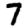
Digit: 7